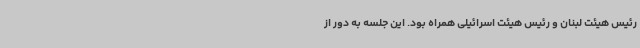
رئیس هیئت لبنان و رئیس هیئت اسرائیلی همراه بود. این جلسه به دور از